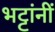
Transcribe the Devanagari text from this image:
भट्टांनीं